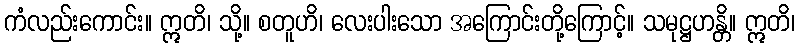
ကံလည်းကောင်း။ ဣတိ၊ သို့။ စတူဟိ၊ လေးပါးသော အကြောင်းတို့ကြောင့်။ သမုဋ္ဌဟန္တိ။ ဣတိ၊